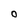
Character: 0